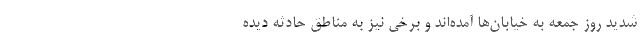
شدید روز جمعه به خیابان‌ها آمده‌اند و برخی نیز به مناطق حادثه دیده